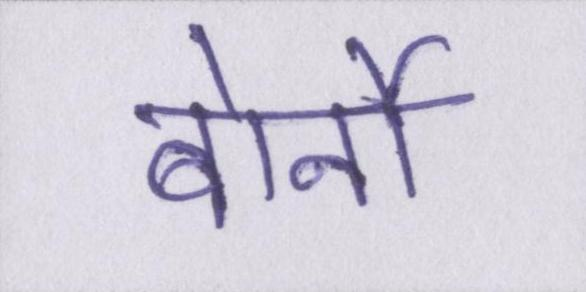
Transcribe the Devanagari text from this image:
बोर्नो